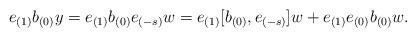
LaTeX: \begin{align*} e_{(1)}b_{(0)}y = e_{(1)}b_{(0)}e_{(-s)}w = e_{(1)}[b_{(0)},e_{(-s)}]w +e_{(1)}e_{(0)}b_{(0)}w.\end{align*}